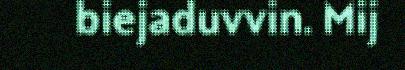
biejaduvvin. Mij